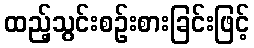
ထည့်သွင်းစဉ်းစားခြင်းဖြင့်